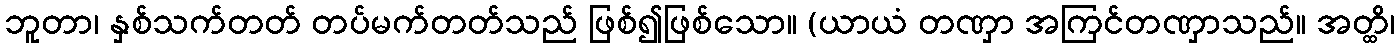
ဘူတာ၊ နှစ်သက်တတ် တပ်မက်တတ်သည် ဖြစ်၍ဖြစ်သော။ (ယာယံ တဏှာ အကြင်တဏှာသည်။ အတ္ထိ၊